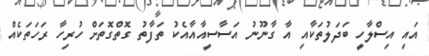
އައި އިސްލާހީ ބަދަލުތަކާއި އާ ގާނޫނު އަސާސީއާއާއެކު ތަފާތު ގޮތްގޮތަށް ހުރިހާ ރަހަތަކެއް